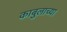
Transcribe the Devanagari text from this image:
काबुलाच्या